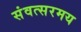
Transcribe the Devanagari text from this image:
संवत्सरमय